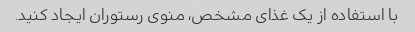
با استفاده از یک غذای مشخص، منوی رستوران ایجاد کنید.